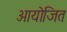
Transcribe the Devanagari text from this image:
आयोजित